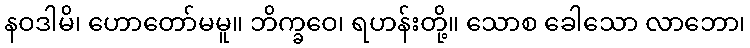
နဝဒါမိ၊ ဟောတော်မမူ။ ဘိက္ခဝေ၊ ရဟန်းတို့။ သောစ ခေါသော လာဘော၊